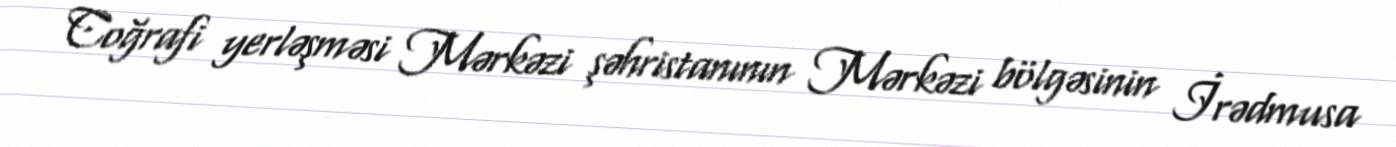
Coğrafi yerləşməsi Mərkəzi şəhristanının Mərkəzi bölgəsinin İrədmusa